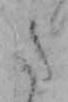
た